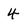
Character: 4